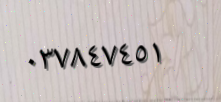
٠٣٧٨٤٧٤٥١